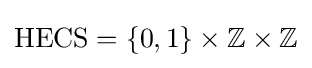
{\text{HECS}}=\{0,1\}\times \mathbb {Z} \times \mathbb {Z}